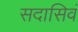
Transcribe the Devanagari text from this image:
सदासिवं